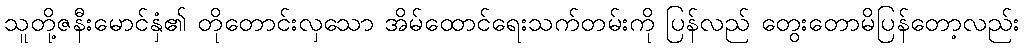
သူတို့ဇနီးမောင်နှံ၏ တိုတောင်းလှသော အိမ်ထောင်ရေးသက်တမ်းကို ပြန်လည် တွေးတောမိပြန်တော့လည်း